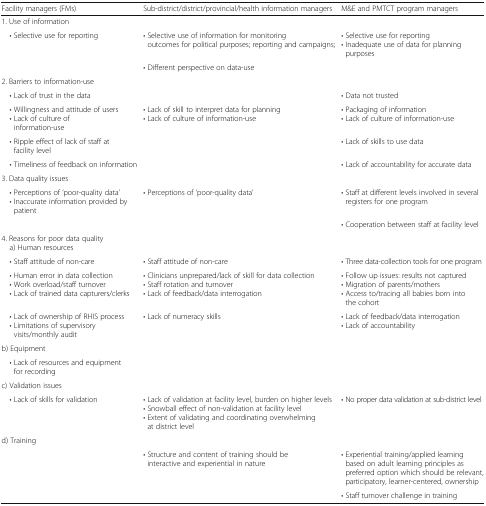
<table><thead><tr><td><b>Facility managers (FMs)</b></td><td><b>Sub-district/district/provincial/health information managers</b></td><td><b>M&amp;E and PMTCT program managers</b></td></tr></thead><tbody><tr><td colspan="3">1. Use of information</td></tr><tr><td> • Selective use for reporting</td><td>• Selective use of information for monitoring outcomes for political purposes; reporting and campaigns;</td><td>• Selective use for reporting• Inadequate use of data for planning purposes</td></tr><tr><td></td><td>• Different perspective on data-use</td><td></td></tr><tr><td colspan="3">2. Barriers to information-use</td></tr><tr><td> • Lack of trust in the data</td><td></td><td>• Data not trusted</td></tr><tr><td> • Willingness and attitude of users • Lack of culture of information-use</td><td>• Lack of skill to interpret data for planning• Lack of culture of information-use</td><td>• Packaging of information• Lack of culture of information-use</td></tr><tr><td> • Ripple effect of lack of staff at facility level</td><td></td><td>• Lack of skills to use data</td></tr><tr><td> • Timeliness of feedback on information</td><td></td><td>• Lack of accountability for accurate data</td></tr><tr><td colspan="3">3. Data quality issues</td></tr><tr><td> • Perceptions of ‘poor-quality data’ • Inaccurate information provided by patient</td><td>• Perceptions of ‘poor-quality data’</td><td>• Staff at different levels involved in several registers for one program</td></tr><tr><td></td><td></td><td>• Cooperation between staff at facility level</td></tr><tr><td colspan="3">4. Reasons for poor data quality a) Human resources</td></tr><tr><td> • Staff attitude of non-care</td><td>• Staff attitude of non-care</td><td>• Three data-collection tools for one program</td></tr><tr><td> • Human error in data collection • Work overload/staff turnover • Lack of trained data capturers/clerks</td><td>• Clinicians unprepared/lack of skill for data collection• Staff rotation and turnover• Lack of feedback/data interrogation</td><td>• Follow up issues: results not captured• Migration of parents/mothers• Access to/tracing all babies born into the cohort</td></tr><tr><td> • Lack of ownership of RHIS process • Limitations of supervisory visits/monthly audit</td><td>• Lack of numeracy skills</td><td>• Lack of feedback/data interrogation• Lack of accountability</td></tr><tr><td colspan="3">b) Equipment</td></tr><tr><td> • Lack of resources and equipment for recording</td><td></td><td></td></tr><tr><td colspan="3">c) Validation issues</td></tr><tr><td> • Lack of skills for validation</td><td>• Lack of validation at facility level, burden on higher levels• Snowball effect of non-validation at facility level• Extent of validating and coordinating overwhelming at district level</td><td>• No proper data validation at sub-district level</td></tr><tr><td colspan="3">d) Training</td></tr><tr><td rowspan="2"></td><td>• Structure and content of training should be interactive and experiential in nature</td><td>• Experiential training/applied learning based on adult learning principles as preferred option which should be relevant, participatory, learner-centered, ownership</td></tr><tr><td></td><td>• Staff turnover challenge in training</td></tr></tbody></table>